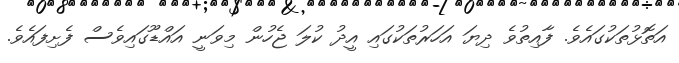
އަތޮޅުތަކުގައެވެ. ފާއިތުވެ ދިޔަ އަހަރުތަކުގައި އީދު ކުލަ ޖެހުން މިވަނީ އައްޑޫގައިވެސް ފެށިފައެވެ.